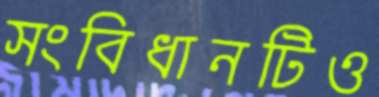
সংবিধানটিও